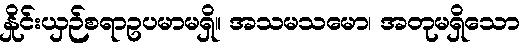
နှိုင်းယှဉ်စရာဥပမာမရှိ။ အသမသမော၊ အတုမရှိသော